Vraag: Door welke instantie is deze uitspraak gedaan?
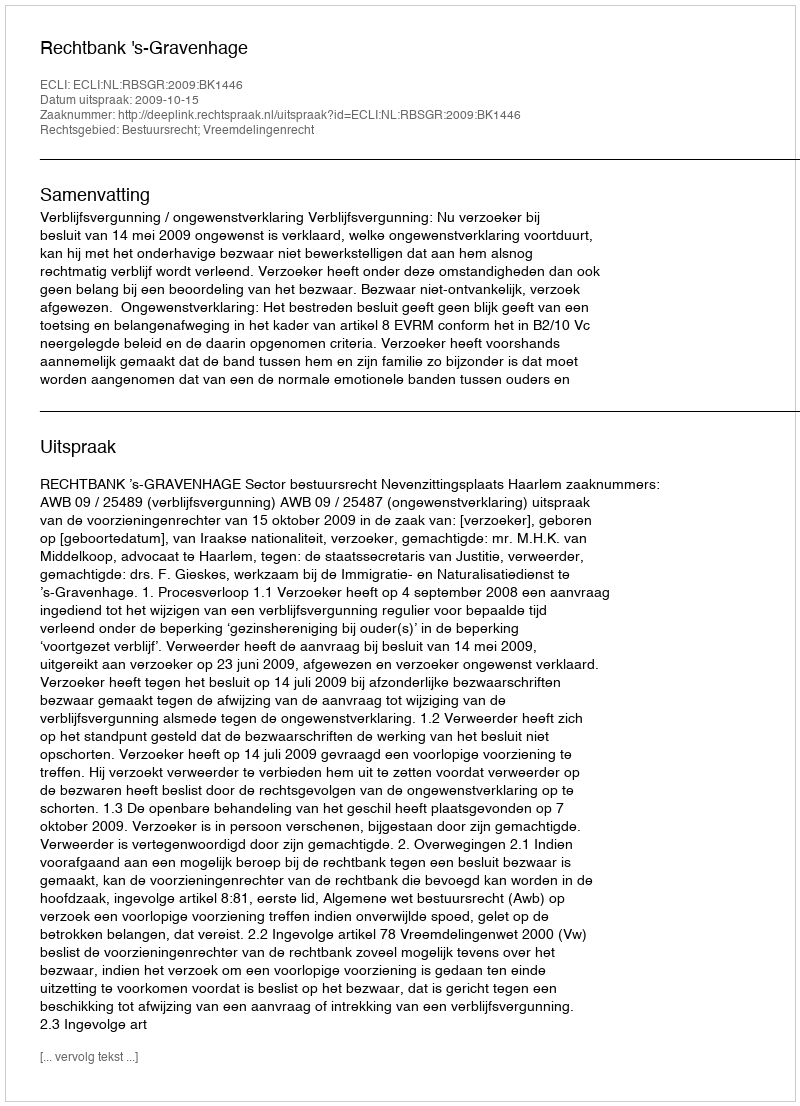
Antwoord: Rechtbank 's-Gravenhage